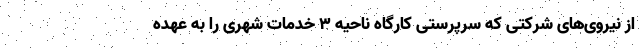
از نیروی‌های شرکتی که سرپرستی کارگاه ناحیه 3 خدمات شهری را به عهده